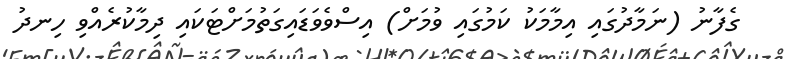
ގެފާނު (ނަމާދުގައި އިމާމަކު ކަމުގައި ވުމަށް) އިސްވެވަޑައިގަތުމަށްޓަކައި ދިމާކުރެއްވި ހިނދު